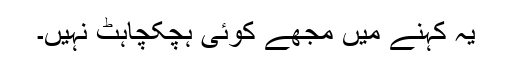
یہ کہنے میں مجھے کوئی ہچکچاہٹ نہیں۔